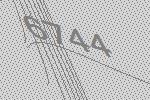
6744